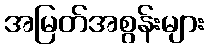
အမြတ်အစွန်းများ